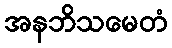
အနဘိသမေတံ